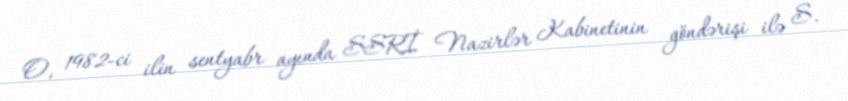
O, 1982-ci ilin sentyabr ayında SSRİ Nazirlər Kabinetinin göndərişi ilə S.